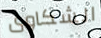
الشكاوى